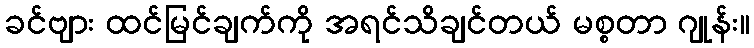
ခင်ဗျား ထင်မြင်ချက်ကို အရင်သိချင်တယ် မစ္စတာ ဂျုန်း။